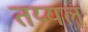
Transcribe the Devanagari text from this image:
तय्यल